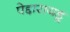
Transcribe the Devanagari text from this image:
पेद्दारायडू